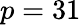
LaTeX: p=31